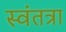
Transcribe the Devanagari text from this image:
स्वंतत्रा